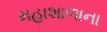
મહાશાળાના